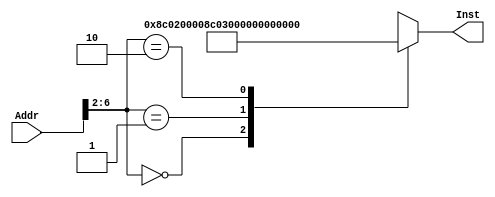
module INSTMEM(Addr,Inst);
    input [31:0]Addr;
    output [31:0]Inst;
    wire [31:0] Rom[31:0];
    assign Rom[5'h00]=32'h8C020000;
    assign Rom[5'h01]=32'h8C030001;
    assign Rom[5'h02]=32'h00432020;
    assign Rom[5'h03]=32'hXXXXXXXX;
    assign Rom[5'h04]=32'hXXXXXXXX;
    assign Rom[5'h05]=32'hXXXXXXXX;
    assign Rom[5'h06]=32'hXXXXXXXX;
    assign Rom[5'h07]=32'hXXXXXXXX;
    assign Rom[5'h08]=32'hXXXXXXXX;
    assign Rom[5'h09]=32'hXXXXXXXX;
    assign Rom[5'h0a]=32'hXXXXXXXX;
    assign Rom[5'h0b]=32'hXXXXXXXX;
    assign Rom[5'h0c]=32'hXXXXXXXX;
    assign Rom[5'h0d]=32'hXXXXXXXX;
    assign Rom[5'h0e]=32'hXXXXXXXX;
    assign Rom[5'h0f]=32'hXXXXXXXX;
    assign Rom[5'h10]=32'hXXXXXXXX;
    assign Rom[5'h11]=32'hXXXXXXXX;
    assign Rom[5'h12]=32'hXXXXXXXX;
    assign Rom[5'h13]=32'hXXXXXXXX;
    assign Rom[5'h14]=32'hXXXXXXXX;
    assign Rom[5'h15]=32'hXXXXXXXX;
    assign Rom[5'h16]=32'hXXXXXXXX;
    assign Rom[5'h17]=32'hXXXXXXXX;
    assign Rom[5'h18]=32'hXXXXXXXX;
    assign Rom[5'h19]=32'hXXXXXXXX;
    assign Rom[5'h1a]=32'hXXXXXXXX;
    assign Rom[5'h1b]=32'hXXXXXXXX;
    assign Rom[5'h1c]=32'hXXXXXXXX;
    assign Rom[5'h1d]=32'hXXXXXXXX;
    assign Rom[5'h1e]=32'hXXXXXXXX;
    assign Rom[5'h1f]=32'hXXXXXXXX;

    assign Inst=Rom[Addr[6:2]];
endmodule